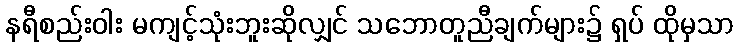
နရီစည်းဝါး မကျင့်သုံးဘူးဆိုလျှင် သဘောတူညီချက်များ၌ ရှပ် ထိုမှသာ